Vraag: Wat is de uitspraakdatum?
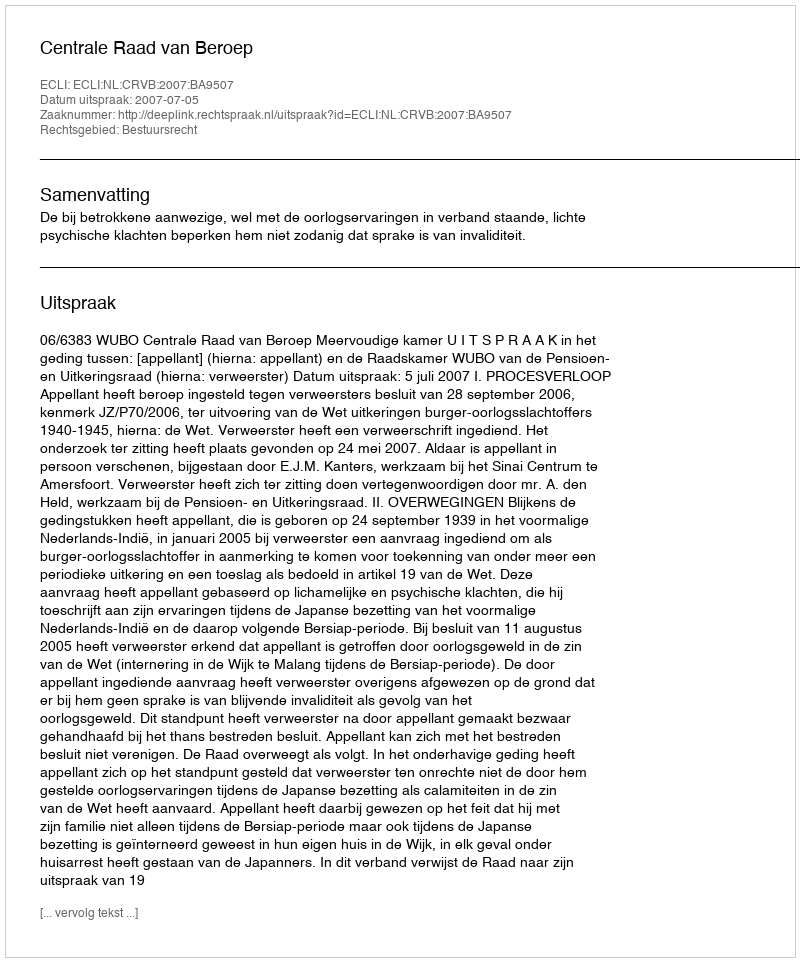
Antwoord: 2007-07-05